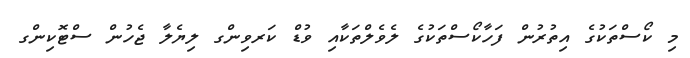
މި ކޯސްތަކުގެ އިތުރުން ފަހާކޯސްތަކުގެ ލެވެލްތަކާއި ވުޑް ކަރވިންގ ލިޔެލާ ޖެހުން ސްޓޮކިންގ